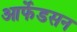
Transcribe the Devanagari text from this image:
आर्फेडसन